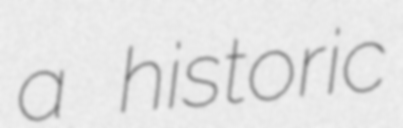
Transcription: a historic